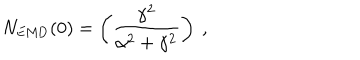
LaTeX: N _ { \mathrm { E M D } } ( 0 ) = \left( \frac { \gamma ^ { 2 } } { \alpha ^ { 2 } + \gamma ^ { 2 } } \right) \ ,